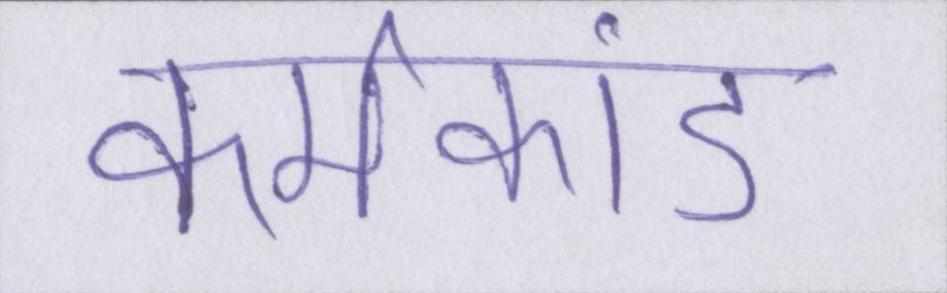
कर्मकांड